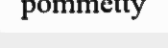
pommetty